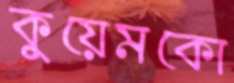
কুয়েমকো